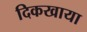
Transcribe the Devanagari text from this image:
दिकखाया